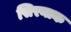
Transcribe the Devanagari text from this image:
सिरनाक